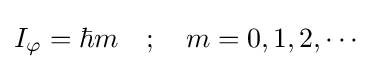
I_{\varphi }=\hbar m\quad ;\quad m=0,1,2,\cdots